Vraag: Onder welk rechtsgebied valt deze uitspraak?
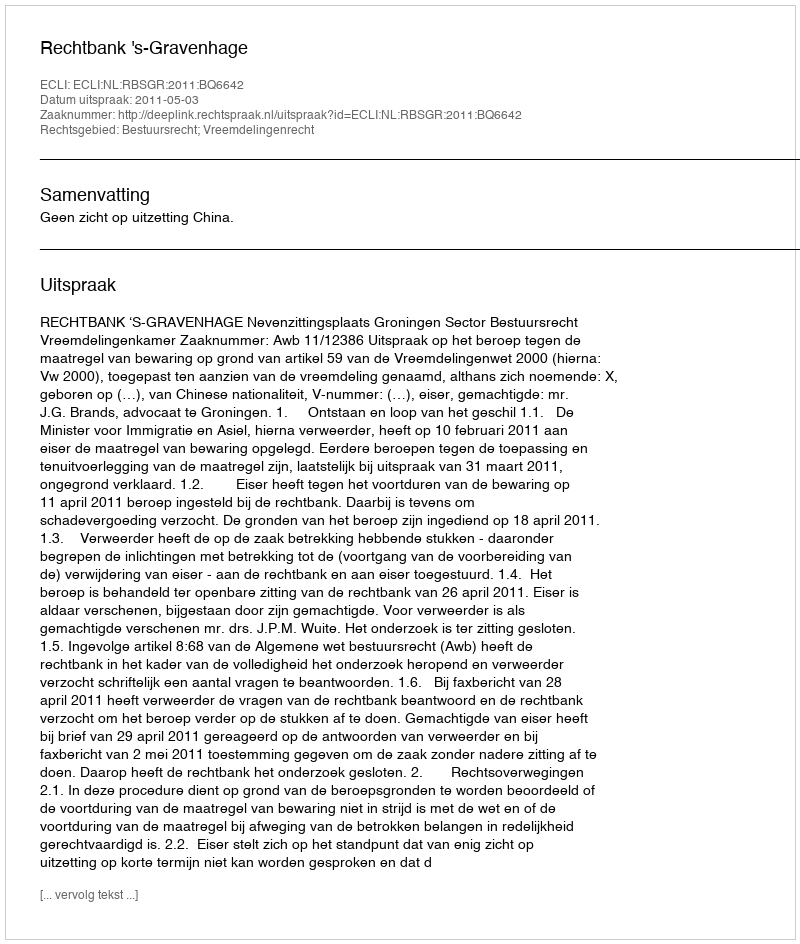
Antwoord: Bestuursrecht; Vreemdelingenrecht